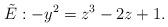
LaTeX: \begin{align*}\tilde{E}: -y^2 = z^3 - 2z + 1.\end{align*}